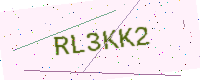
Text: RL3KK2